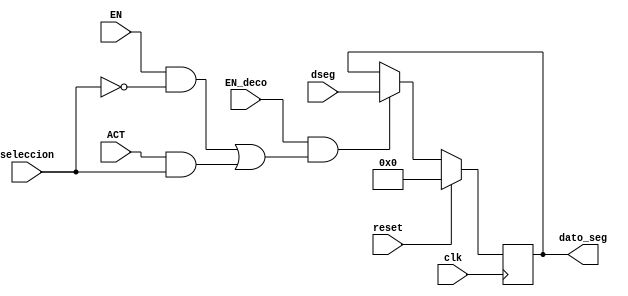
`timescale 1ns / 1ps
//////////////////////////////////////////////////////////////////////////////////
// Company: 
// Engineer: 
// 
// Design Name: 
// Module Name:    registro_horas_VGA 
// Project Name: 
// Target Devices: 
// Tool versions: 
// Description: 
//
// Dependencies: 
//
// Revision: 
// Revision 0.01 - File Created
// Additional Comments: 
//
//////////////////////////////////////////////////////////////////////////////////
module registro_horas_VGA(
input wire clk,reset,seleccion,
input wire [7:0] dseg,
input wire EN,EN_deco,ACT,
output reg [7:0]dato_seg
    );

always@(posedge clk ) 
begin   
   if (reset)
      dato_seg<=0;

	else begin 
	if((EN_deco==1)&&(((EN==1)&&(seleccion==0))||((ACT==1)&&(seleccion==1))))
     dato_seg<=dseg;
	 else 
	  dato_seg<=dato_seg;
	  end
	 
end

endmodule